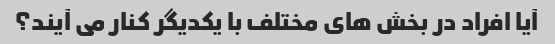
آیا افراد در بخش های مختلف با یکدیگر کنار می آیند؟